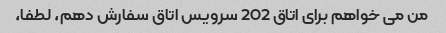
من می خواهم برای اتاق 202 سرویس اتاق سفارش دهم، لطفا،